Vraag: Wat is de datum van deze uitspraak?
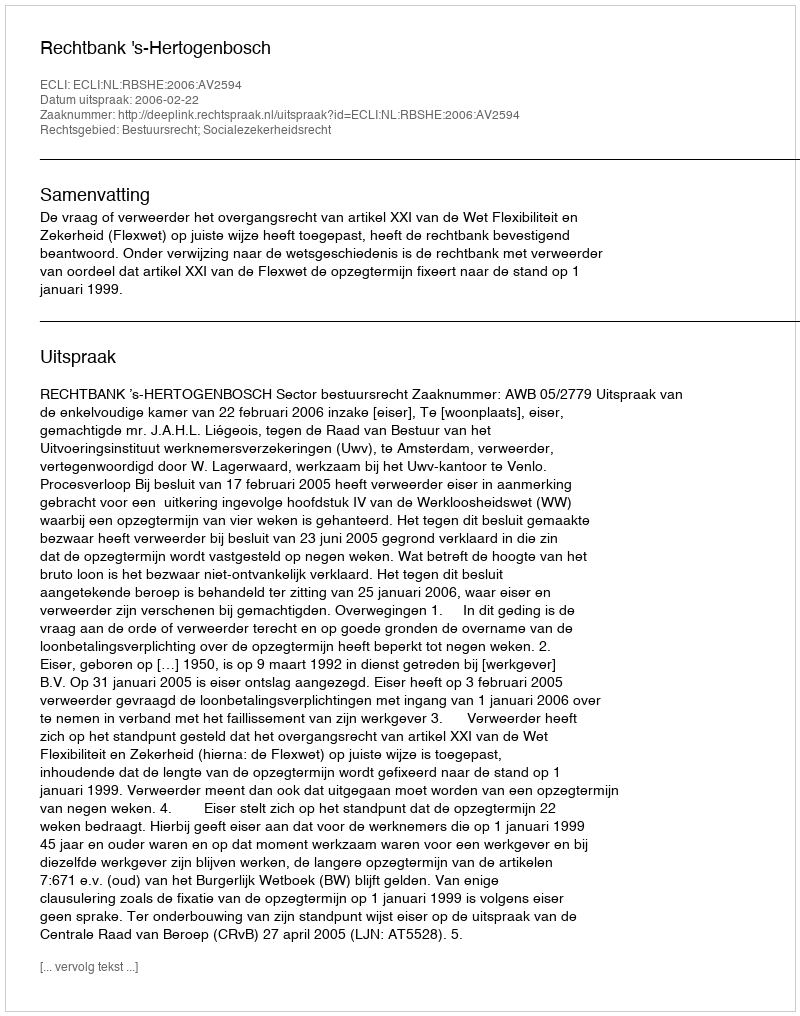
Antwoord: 2006-02-22